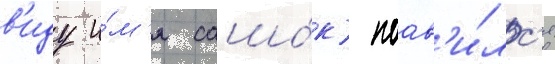
в'иду и́м'я сашо́к) поав'и́лс'я